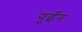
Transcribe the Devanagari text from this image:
युईंग